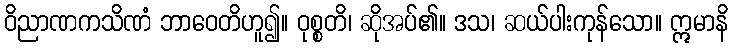
ဝိညာဏကသိဏံ ဘာဝေတိဟူ၍။ ဝုစ္စတိ၊ ဆိုအပ်၏။ ဒသ၊ ဆယ်ပါးကုန်သော။ ဣမာနိ